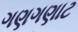
ગણગણાટ